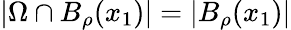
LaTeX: |\Omega\cap B_{\rho}(x_{1})|=|B_{\rho}(x_{1})|